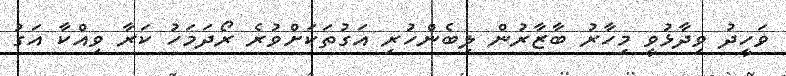
ވަހީދު ވިދާޅުވީ މިހާރު ބާޒާރުން ލިބެންހުރި އަގުތަކަށްވުރެ ރޯދަމަހު ކަރާ ވިއްކާ އަގު